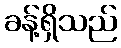
ခန့်ရှိသည်